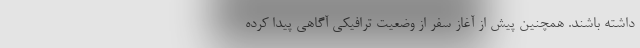
داشته باشند. همچنین پیش از آغاز سفر از وضعیت ترافیکی آگاهی پیدا کرده